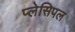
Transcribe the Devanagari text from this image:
प्लेसिपल